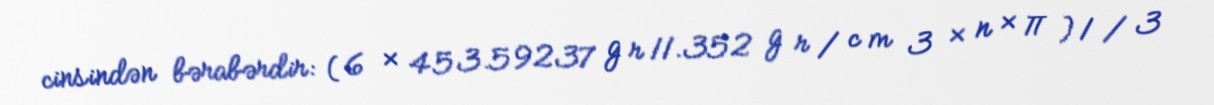
cinsindən bərabərdir: ( 6 × 453.59237 g r 11.352 g r / c m 3 × n × π ) 1 / 3